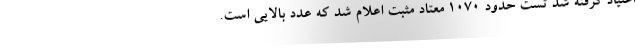
اعتیاد گرفته شد تست حدود ۱۰۷۰ معتاد مثبت اعلام شد که عدد بالایی است.